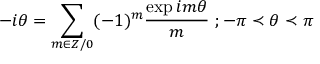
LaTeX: - i \theta = \sum _ { m \in Z / 0 } ( - 1 ) ^ { m } \frac { \exp i m \theta } { m } \textrm { } ; - \pi \prec \theta \prec \pi